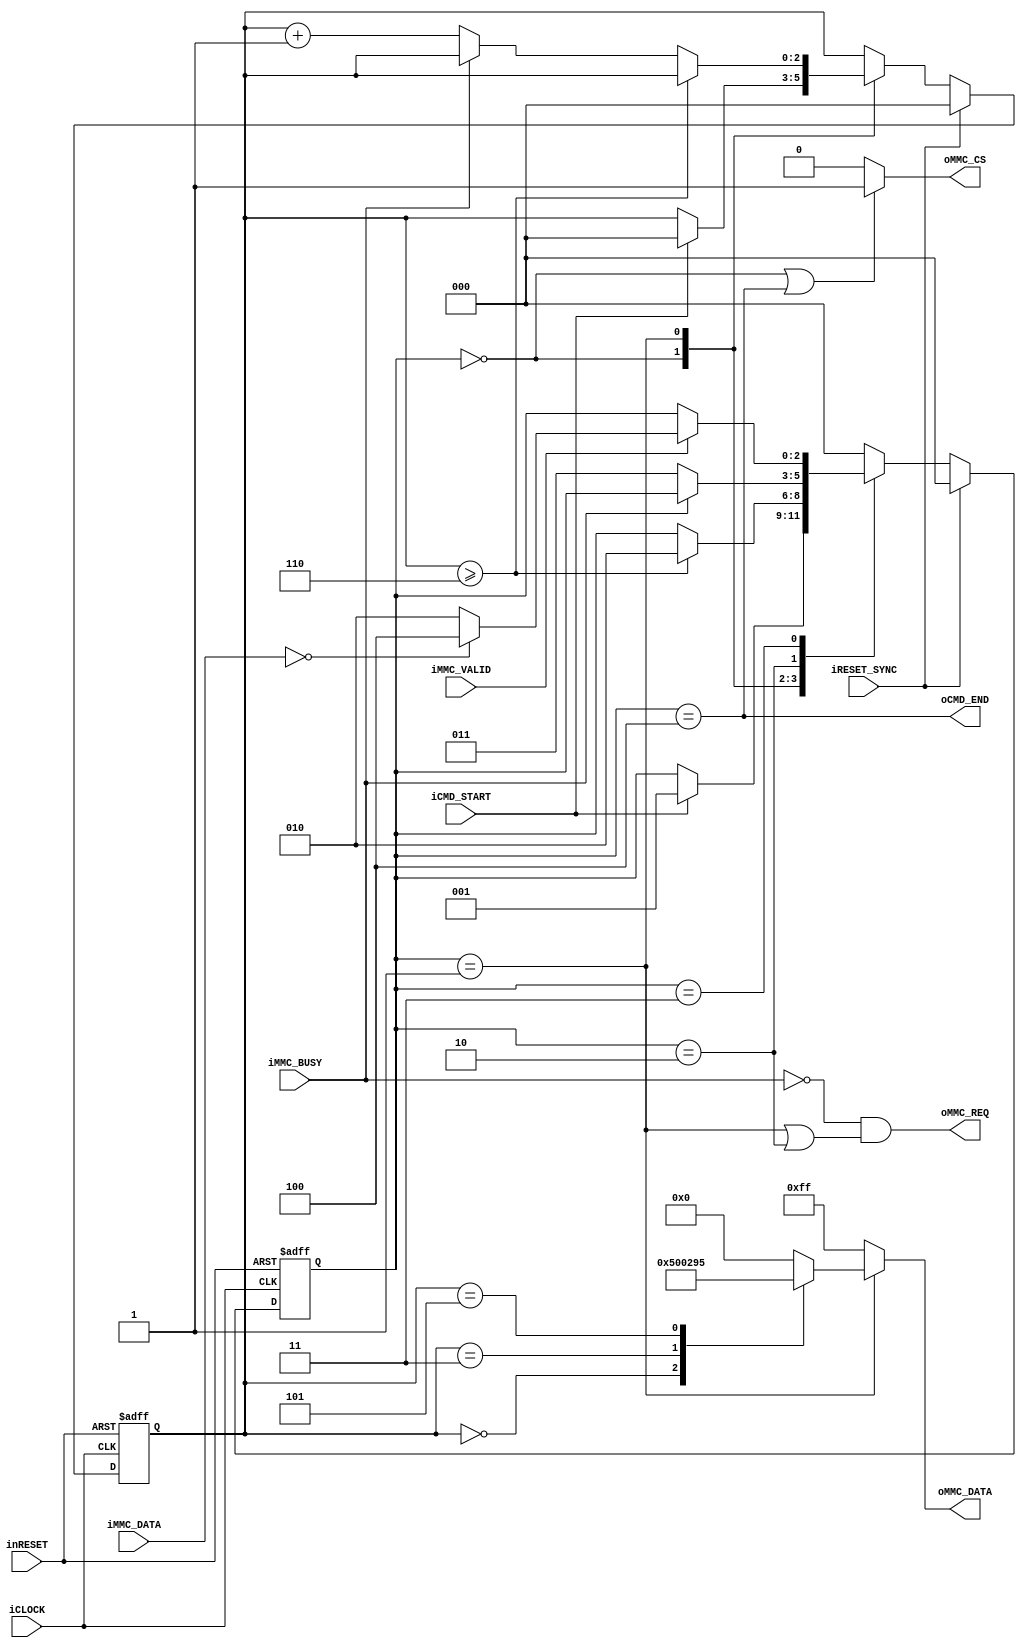
`default_nettype none


module mmc_cmd_control_layer_cmd16(
		input wire iCLOCK,
		input wire inRESET,
		input wire iRESET_SYNC,
		//
		input wire iCMD_START,
		output wire oCMD_END,
		//Write
		output wire oMMC_REQ,
		input wire iMMC_BUSY,
		output wire oMMC_CS,
		output wire [7:0] oMMC_DATA,
		//Read
		input wire iMMC_VALID,
		input wire [7:0] iMMC_DATA
	);

	localparam PL_MAIN_STT_IDLE = 3'h0;
	localparam PL_MAIN_STT_CMD = 3'h1;
	localparam PL_MAIN_STT_RESP_REQ = 3'h2;
	localparam PL_MAIN_STT_RESP_GET = 3'h3;
	localparam PL_MAIN_STT_END = 3'h4;

	function [7:0] func_cmd_flame;
		input [2:0] func_select;
		begin
			case(func_select)
				3'h0 : func_cmd_flame = 8'h50;
				3'h1 : func_cmd_flame = 8'h00;
				3'h2 : func_cmd_flame = 8'h00;
				3'h3 : func_cmd_flame = 8'h02;
				3'h4 : func_cmd_flame = 8'h00;
				3'h5 : func_cmd_flame = 8'h95;
				default : func_cmd_flame = 8'h00;
			endcase
		end
	endfunction

	reg [2:0] b_main_state;
	reg [2:0] b_main_count;

	always@(posedge iCLOCK or negedge inRESET)begin
		if(!inRESET)begin
			b_main_state <= PL_MAIN_STT_IDLE;
			b_main_count <= 3'h0;
		end
		else if(iRESET_SYNC)begin
			b_main_state <= PL_MAIN_STT_IDLE;
			b_main_count <= 3'h0;
		end
		else begin
			case(b_main_state)
				PL_MAIN_STT_IDLE:
					begin
						if(iCMD_START)begin
							b_main_state <= PL_MAIN_STT_CMD;
							b_main_count <= 3'h0;
						end
					end
				PL_MAIN_STT_CMD:
					begin
						if(b_main_count >= 3'h6)begin
							b_main_state <= PL_MAIN_STT_RESP_REQ;
						end
						else begin
							if(!iMMC_BUSY)begin
								b_main_count <= b_main_count + 3'h1;
							end
						end
					end
				PL_MAIN_STT_RESP_REQ:
					begin
						if(!iMMC_BUSY)begin
							b_main_state <= PL_MAIN_STT_RESP_GET;
						end
					end
				PL_MAIN_STT_RESP_GET:
					begin
						if(iMMC_VALID)begin
							if(iMMC_DATA == 8'h00)begin
								b_main_state <= PL_MAIN_STT_END;
							end
							else begin
								b_main_state <= PL_MAIN_STT_RESP_REQ;
							end
						end
					end
				PL_MAIN_STT_END:
					begin
						b_main_state <= PL_MAIN_STT_IDLE;
					end
				default:
					begin
						b_main_state <= PL_MAIN_STT_IDLE;
					end
			endcase
		end
	end

	assign oCMD_END = (b_main_state == PL_MAIN_STT_END);
	assign oMMC_REQ = !iMMC_BUSY && (b_main_state == PL_MAIN_STT_CMD || b_main_state == PL_MAIN_STT_RESP_REQ);
	assign oMMC_CS = (b_main_state == PL_MAIN_STT_IDLE || b_main_state == PL_MAIN_STT_END)? 1'b1 : 1'b0;
	assign oMMC_DATA = (b_main_state == PL_MAIN_STT_CMD)? func_cmd_flame(b_main_count) : 8'hff;



endmodule

`default_nettype wire